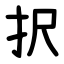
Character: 択